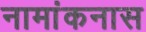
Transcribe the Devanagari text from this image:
नामांकनास